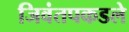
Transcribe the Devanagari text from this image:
जिवंतपकडले